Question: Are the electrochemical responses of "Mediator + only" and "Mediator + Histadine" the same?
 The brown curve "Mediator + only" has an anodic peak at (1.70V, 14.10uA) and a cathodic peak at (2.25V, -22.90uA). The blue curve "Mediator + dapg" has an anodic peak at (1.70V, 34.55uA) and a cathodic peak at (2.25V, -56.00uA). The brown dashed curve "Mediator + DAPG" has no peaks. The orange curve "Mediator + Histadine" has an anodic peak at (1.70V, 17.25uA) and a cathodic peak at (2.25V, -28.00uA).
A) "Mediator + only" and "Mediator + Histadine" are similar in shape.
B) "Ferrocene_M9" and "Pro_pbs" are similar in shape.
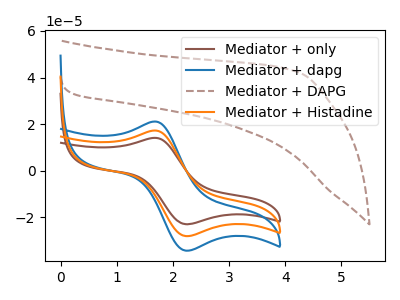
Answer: <think>All the peaks in "Mediator + only" have a peak in "Mediator + Histadine" at the same potential. Every peak in "Mediator + only" is lower than every peak in "Mediator + Histadine".
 </think>
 <answer>A) "Mediator + only" and "Mediator + Histadine" are similar in shape.</answer>
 <eval>A</eval>